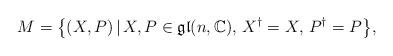
LaTeX: \begin{align*}M=\big\{(X,P)\,|\, X,P\in\mathfrak{gl}(n,\mathbb{C}),\, X^\dag=X,\, P^\dag=P\big\},\end{align*}